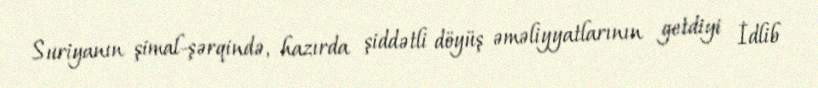
Suriyanın şimal-şərqində, hazırda şiddətli döyüş əməliyyatlarının getdiyi İdlib